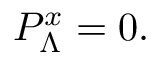
{ \cal P } _ { \Lambda } ^ { x } = 0 .